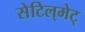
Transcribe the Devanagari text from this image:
सेटिल्‌मेट्